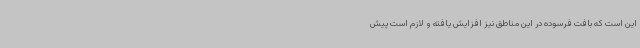
این است که بافت فرسوده در این مناطق نیز افزایش یافته و لازم است پیش